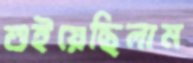
শুইয়েছিলাম